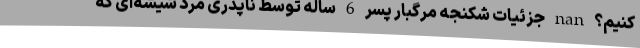
کنیم؟ nan جزئیات شکنجه مرگبار پسر 6 ساله توسط ناپدری مرد شیشه‌ای که